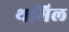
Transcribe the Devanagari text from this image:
थमिल